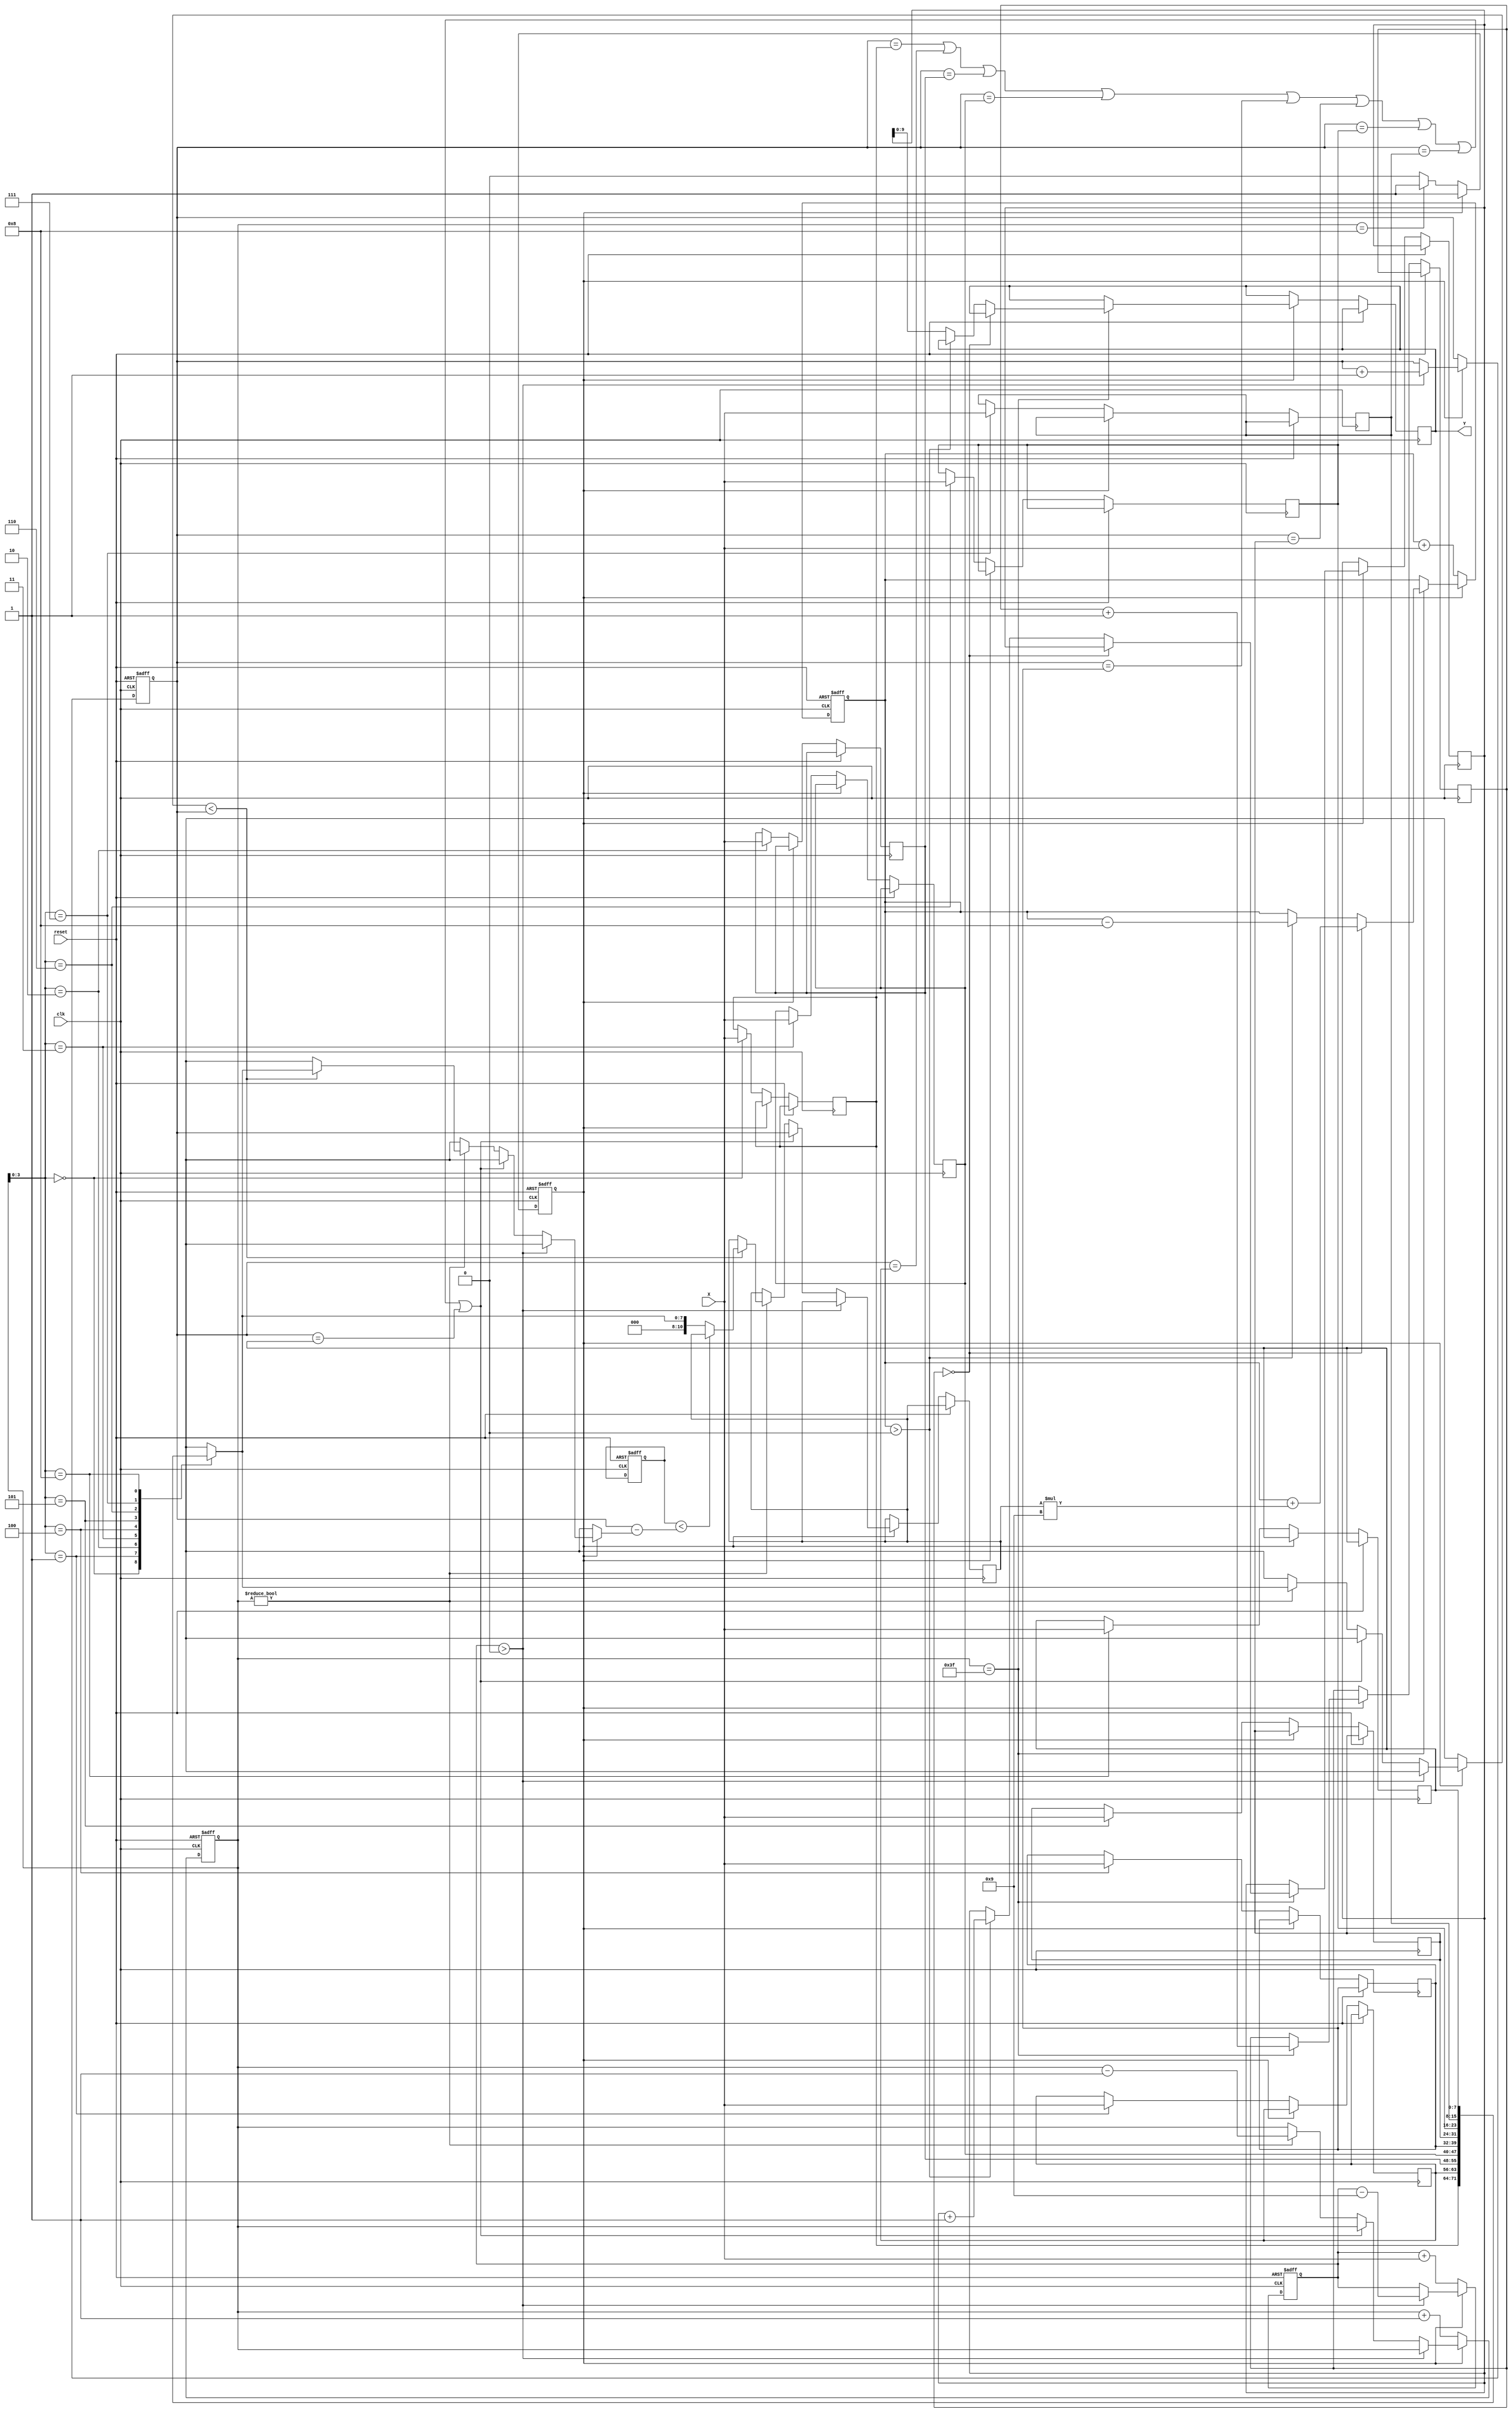
module CS(Y, X, reset, clk);

input clk, reset; 
input [7:0] X;
output reg [9:0] Y;
reg process;
reg [7:0]data[8:0];
reg [5:0]i;
reg [10:0]sum1,sum2,avg,little,appr,load,count;
always @(posedge clk or posedge reset) begin
    if(reset)begin
        process <= 1'd0;
        i <= 6'd0;
        sum1 <= 11'd0;
        sum2 <= 11'd0;
        avg <= 11'd0;
        little <= 11'd2048;
    end
    else begin
        if (process == 1'd0) begin
            data[i] <= X;
            i <= i + 6'd1;
            sum1 <= sum1 + X;
            sum2 <= sum2 + X;
            if (i == 6'd8) begin
                process <= 1'd1;
            end
        end
        else begin
            if (sum1 > 0) begin
                sum1 <= sum1 - 11'd9;
                avg <= avg + 11'd1;
            end
            else if (avg == data[0] || avg == data[1] || avg == data[2] || avg == data[3] || avg == data[4] || avg == data[5] || avg == data[6] || avg == data[7] || avg == data[8]) begin
                appr <= avg;
            end
            else begin
                if (i != 6'd0) begin
                    i <= i - 6'd1;
                    if (data[i] < avg) begin
                       appr <= (little < (avg - data[i]))?appr:data[i]; 
                    end
                    else begin
                        
                    end
                end
            end
            if (i == -6'd1) begin
                load <= load + 11'd1;
                if(load == 11'd0)begin
                    sum2 <= sum2 + appr*9;
                end
                else begin
                    if (sum2 > 0) begin
                        sum2 <= sum2 - 8;
                        count <= count + 1;
                    end
                    else begin
                        Y <= count;
                    end
                end
            end
        end
    end
end
 
endmodule